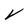
Character: v